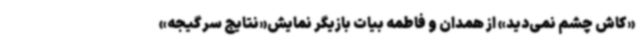
«کاش چشم نمی‌دید» از همدان و فاطمه بیات بازیگر نمایش«نتایج سرگیجه»